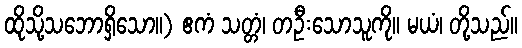
ထိုသို့သဘောရှိသော။) ဧကံ သတ္တံ၊ တဦးသောသူကို။ မယံ၊ တို့သည်။